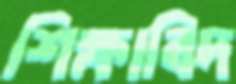
শিক্ষাবিদ